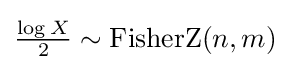
{\tfrac {\log {X}}{2}}\sim \operatorname {FisherZ} (n,m)